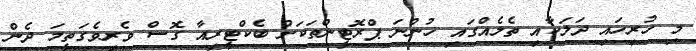
މި ހުރިހައި ދަލަކާއި ތެލެއްގައި ހުންނަ ޕްރޮޓީންތަކަށް ބެކްޓީރިއާ ގޮސް ވެރިވެގަތީމަ ދެން